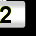
Digit: 2